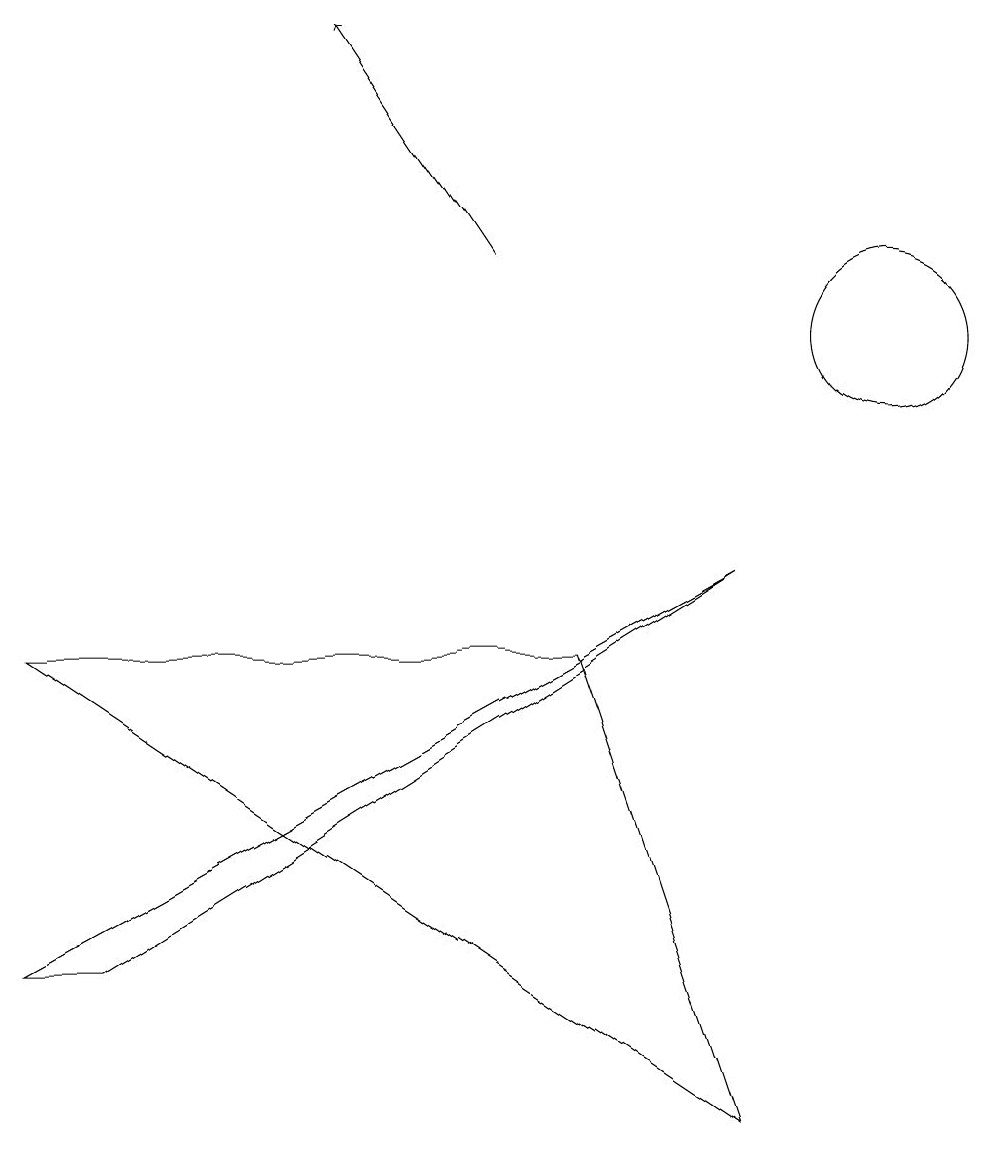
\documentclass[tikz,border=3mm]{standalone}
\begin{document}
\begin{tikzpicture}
\draw (9,9) -- (0,4) -- (1,4) -- cycle;
\draw (12,10) circle (0);
\draw (7,8) -- (9,2) -- (0,8) -- cycle;
\draw[->] (6,13) -- (4,16);
\draw (11,12) circle (1);
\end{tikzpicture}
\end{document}